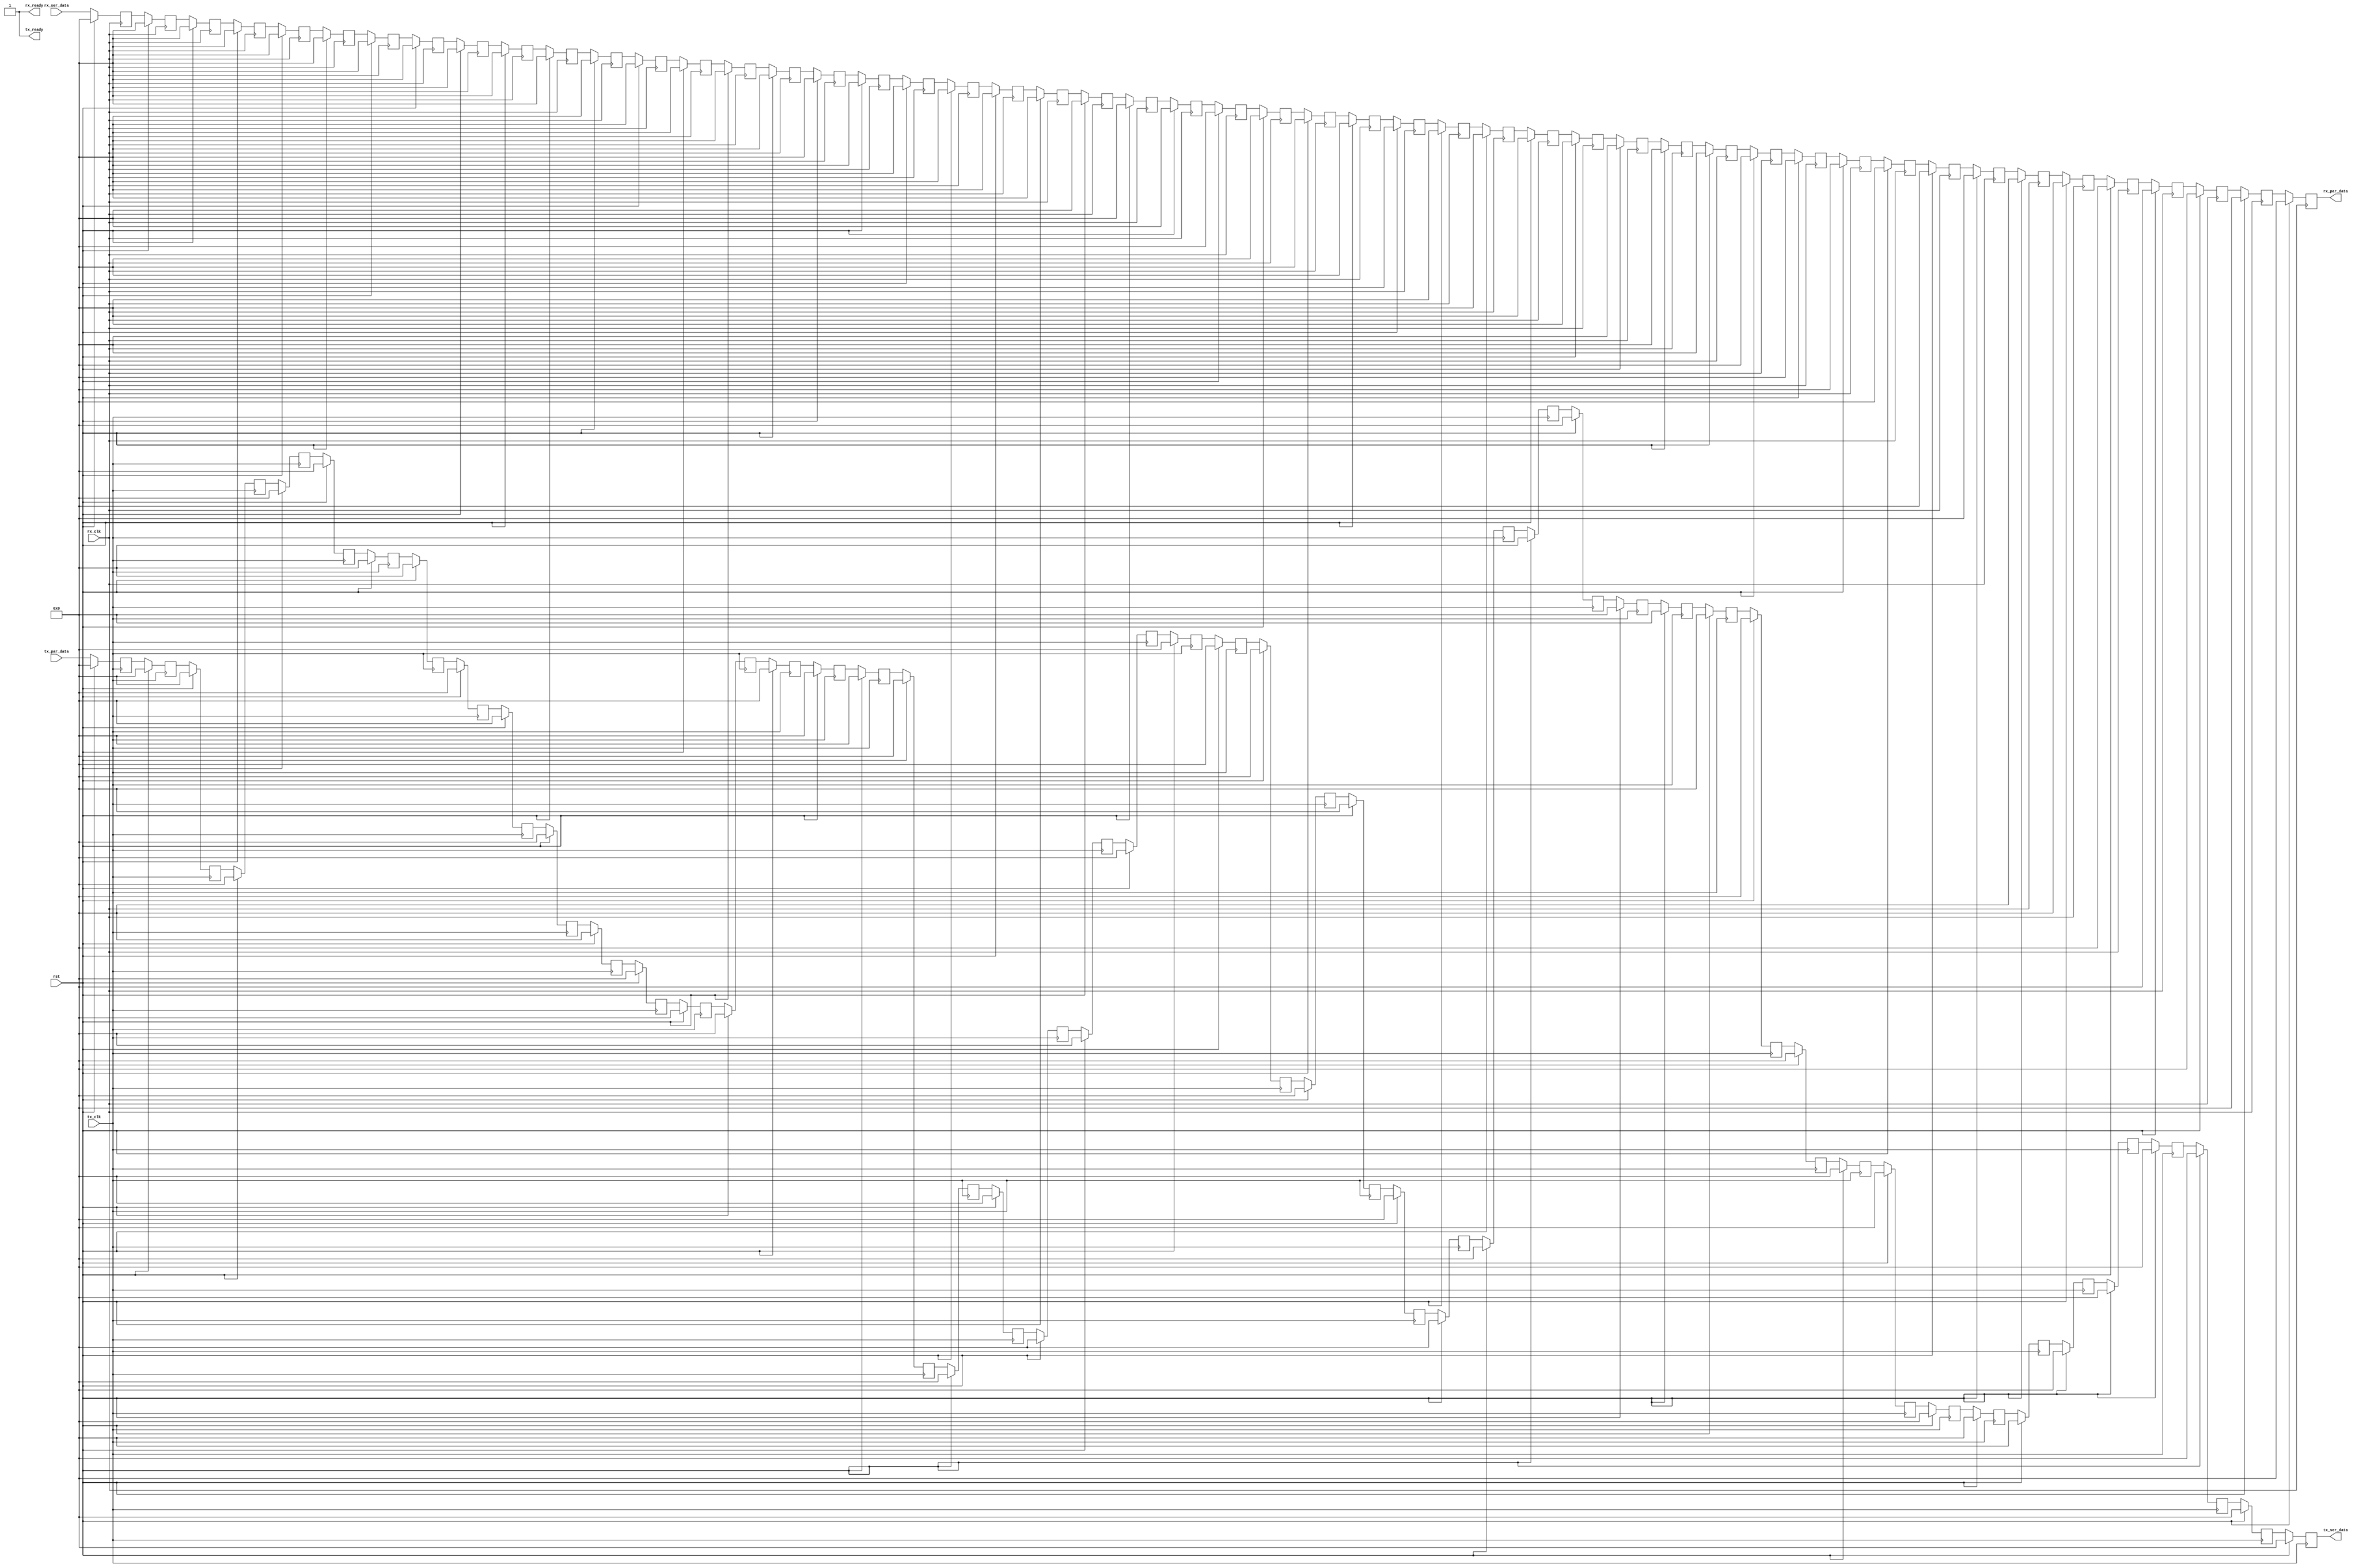
//Purpose: simulate the Multigigabit transceiver (MGT) of Altera Stratix V
//Organization: CAAD lab @ Boston University
//Start date: Dec 9th 2015
//

module internode_link
#(
    parameter WIDTH=64,
    parameter DELAY=100,
    parameter x=0,
    parameter y=0,
    parameter z=0,
    parameter dir=3'b000//direction of this MGT 000 for x+, 001 for x-, 010 for y+, 011 for y-, 100 for z+, 101 for z-
)
(
    input rst,
    //tx signals
    input tx_clk, // this is the clock driving the writing side of the transmitter
    input [WIDTH-1:0] tx_par_data,
    output [WIDTH-1:0] tx_ser_data,//when simulation, this is the fake version of serial data, so it has the same width as the parallel data
    output tx_ready,//only when this signal is high, the tx_par_data can be transmitted

    //rx signals
    input rx_clk, // this is the clock driving the reading side of the receiver, usually in a unified design, it is the same as the tx_clk
    output [WIDTH-1:0] rx_par_data,
    input [WIDTH-1:0] rx_ser_data,//when simulation, this is the fake version of serial data, so it has the same width as the parallel data
    output rx_ready
);   
    reg [WIDTH-1:0] shift_reg_tx[DELAY/2-1:0];//half of the delay is consumed at the tx side, shift_reg_tx[0] connect to the tx_par_data
    reg [WIDTH-1:0] shift_reg_rx[DELAY/2-1:0];//the other half of the delay is consumed at the rx side, shift_reg_rx[0] connects to the rx_par_data

    assign tx_ready=1;
    assign rx_ready=1;//for simulation, the tx and rx ready signals both remain high
    
    integer i=0;
    always@(posedge tx_clk) begin
        if(rst) begin
            for(i=0;i<DELAY/2;i=i+1) begin
                shift_reg_tx[i]<=0;
            end
        end
        else begin
            shift_reg_tx[0]<=tx_par_data;
            for(i=0;i<DELAY/2-1;i=i+1) begin
                shift_reg_tx[i+1]<=shift_reg_tx[i];
            end
        end
    end
    assign tx_ser_data=shift_reg_tx[DELAY/2-1];

    always@(posedge rx_clk) begin
        if(rst) begin
            for(i=0;i<DELAY/2;i=i+1) begin
                shift_reg_rx[i]<=0;
            end
        end
        else begin
            shift_reg_rx[DELAY/2-1]<=rx_ser_data;
            for(i=DELAY/2-2;i>=0;i=i-1) begin
                shift_reg_rx[i]<=shift_reg_rx[i+1];
            end
        end
    end
    assign rx_par_data=shift_reg_rx[0];
endmodule